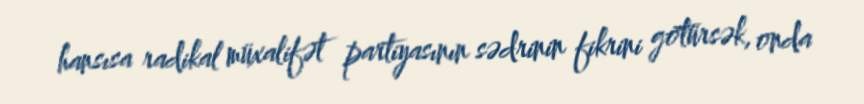
hansısa radikal müxalifət partiyasının sədrinin fikrini götürsək, onda